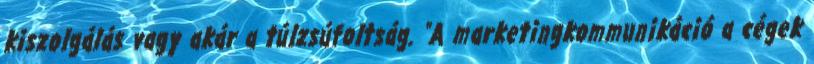
kiszolgálás vagy akár a túlzsúfoltság. "A marketingkommunikáció a cégek